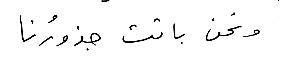
ونحن باتت جذورُنا